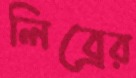
লিব্রের